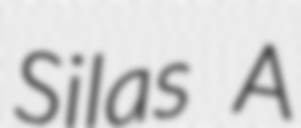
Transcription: Silas A